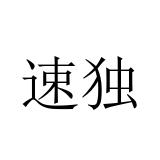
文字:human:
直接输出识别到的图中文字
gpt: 速独